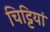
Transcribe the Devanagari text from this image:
चिट्टियां